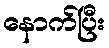
နောက်ပြီး